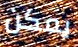
يمكن